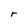
Character: r